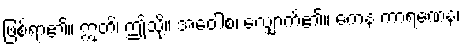
ဖြစ်ရာ၏။ ဣတိ၊ ဤသို့။ အဝေါစ၊ လျှောက်၏။ ကေန ကာရဏေန၊